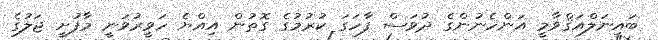
ބައިނަލްއަޤްވާމީ އަންހެނުންގެ ދުވަސް ފާހަގަ ކުރުމުގެ ގޮތުން އިއްޔެ ހަވީރުވަނީ މާފުށީ ޖަލުގެ